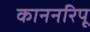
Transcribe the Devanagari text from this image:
काननरिपू